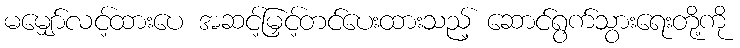
မမျှော်လင့်ထားပေ အဆင့်မြှင့်တင်ပေးထားသည့် ဆောင်ရွက်သွားရေးတို့ကို